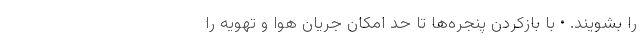
را بشویند. • با بازکردن پنجره‌ها تا حد امکان جریان هوا و تهویه را